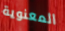
المعنوية